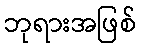
ဘုရားအဖြစ်